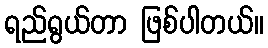
ရည်ရွယ်တာ ဖြစ်ပါတယ်။